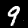
Label: 9